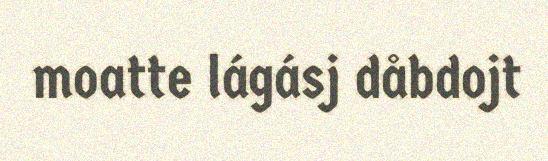
moatte lágásj dåbdojt